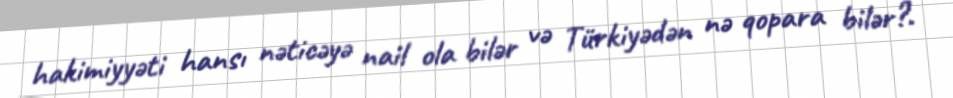
hakimiyyəti hansı nəticəyə nail ola bilər və Türkiyədən nə qopara bilər?.